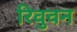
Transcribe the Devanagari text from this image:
रिवुवन